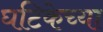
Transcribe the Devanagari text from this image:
घटिकेच्या